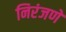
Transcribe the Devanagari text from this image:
निरंजणे